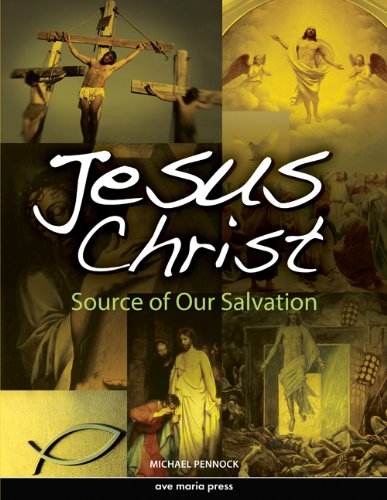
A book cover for Jesus Christ: Source of Our Salvation; Michael Pennock; Christian Books & Bibles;